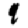
Digit: 9